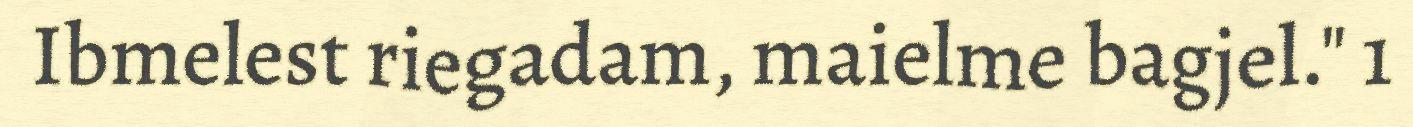
Ibmelest riegadam, maielme bagjel." 1